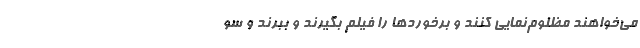
می‌خواهند مظلوم‌نمایی کنند و برخوردها را فیلم بگیرند و ببرند و سو